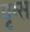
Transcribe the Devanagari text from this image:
वृग्स